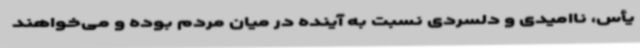
یأس، ناامیدی و دلسردی نسبت به آینده در میان مردم بوده و می‌خواهند